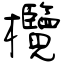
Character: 欖